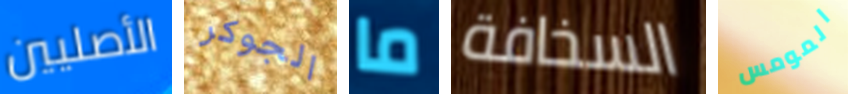
الأصليين الجوكر ما السخافة المومس